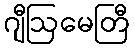
ဂျီဩမေတြီ